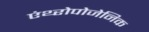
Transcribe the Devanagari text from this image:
एंथ्‍रोपोजेनिक